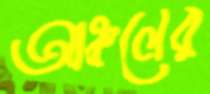
আঞ্চলের